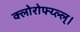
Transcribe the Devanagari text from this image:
क्लोरोफ्य्ल्ल्।